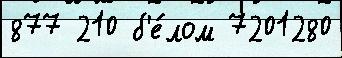
877 210 б'е́лом 7201280